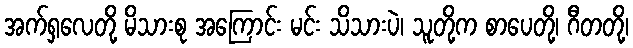
အက်ရှလေတို့ မိသားစု အကြောင်း မင်း သိသားပဲ၊ သူတို့က စာပေတို့၊ ဂီတတို့၊